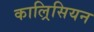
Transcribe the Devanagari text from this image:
काल्रिसियन